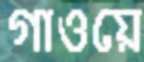
গাওয়ে